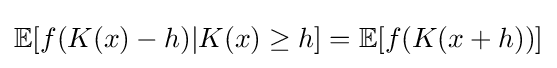
\mathbb {E} [f(K(x)-h)|K(x)\geq h]=\mathbb {E} [f(K(x+h))]